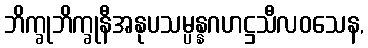
ဘိက္ခုဘိက္ခုနီအနုပသမ္ပန္နဂဟဋ္ဌသီလဝသေန,